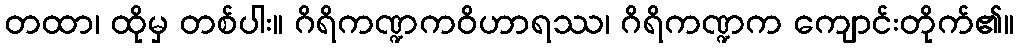
တထာ၊ ထိုမှ တစ်ပါး။ ဂိရိကဏ္ဍကဝိဟာရဿ၊ ဂိရိကဏ္ဍက ကျောင်းတိုက်၏။